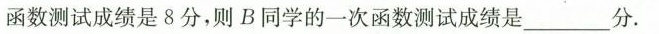
函数测试成绩是8分，则B同学的一次函数测试成绩是___分。